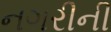
નગરીની